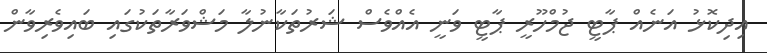
އިދިކޮޅު އަނެއް ޕާޓީ ޖުމްހޫރީ ޕާޓީ ވަނީ އެއްވެސް ޝަރުތަކާނުލާ މަޝްވަރާތަކުގައި ބައިވެރިވާން